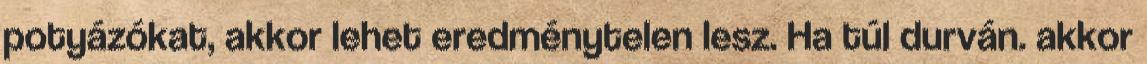
potyázókat, akkor lehet eredménytelen lesz. Ha túl durván. akkor